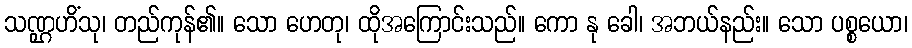
သဏ္ဌဟိံသု၊ တည်ကုန်၏။ သော ဟေတု၊ ထိုအကြောင်းသည်။ ကော နု ခေါ၊ အဘယ်နည်း။ သော ပစ္စယော၊